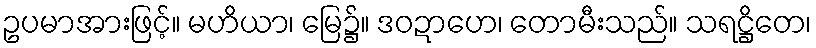
ဥပမာအားဖြင့်။ မဟိယာ၊ မြေ၌။ ဒဝဍာဟေ၊ တောမီးသည်။ သရဋ္ဌိတေ၊